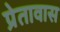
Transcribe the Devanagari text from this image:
प्रेतावास